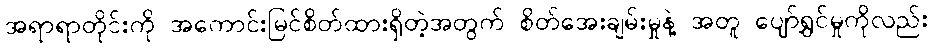
အရာရာတိုင်းကို အကောင်းမြင်စိတ်ထားရှိတဲ့အတွက် စိတ်အေးချမ်းမှုနဲ့ အတူ ပျော်ရွှင်မှုကိုလည်း